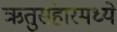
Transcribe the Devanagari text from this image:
ऋतुसंहारमध्ये